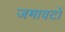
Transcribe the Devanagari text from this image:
जमावटों